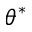
\theta ^ { \ast }